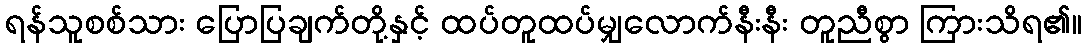
ရန်သူစစ်သား ပြောပြချက်တို့နှင့် ထပ်တူထပ်မျှလောက်နီးနီး တူညီစွာ ကြားသိရ၏။